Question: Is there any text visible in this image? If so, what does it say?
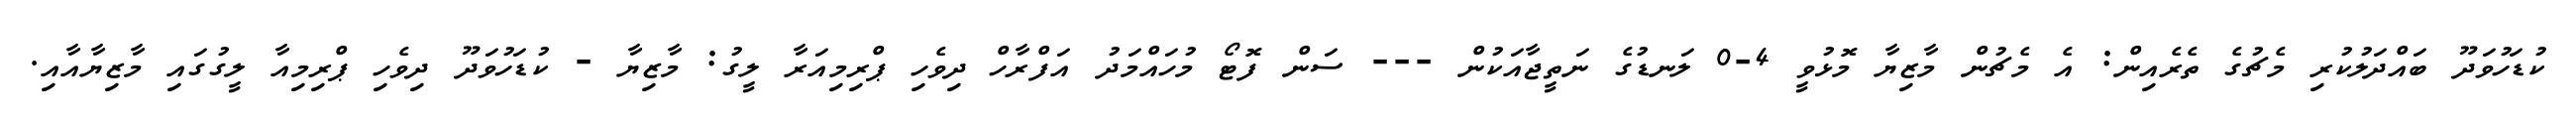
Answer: ކުޑަހުވަދޫ ބައްދަލުކުރި މެޗުގެ ތެރެއިން: އެ މެޗުން މާޒިޔާ މޮޅުވީ 4-0 ލަނޑުގެ ނަތީޖާއަކުން --- ސަން ފޮޓޯ މުހައްމަދު އަފްރާހް ދިވެހި ޕްރިމިއަރާ ލީގު: މާޒިޔާ - ކުޑަހުވަދޫ ދިވެހި ޕްރިމިއާ ލީގުގައި މާޒިޔާއާއި.